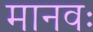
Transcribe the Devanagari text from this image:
मानवः